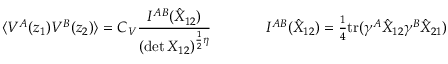
\begin{array} { c c } { { \displaystyle { \langle V ^ { A } ( z _ { 1 } ) V ^ { B } ( z _ { 2 } ) \rangle = C _ { V } \frac { I ^ { A B } ( \hat { { \cal X } } _ { 1 2 } ) } { ( \operatorname * { d e t } { \cal X } _ { 1 2 } ) ^ { \frac { 1 } { 2 } \eta } } } ~ ~ ~ ~ } } & { { ~ ~ ~ ~ I ^ { A B } ( \hat { { \cal X } } _ { 1 2 } ) = \textstyle { \frac { 1 } { 4 } } \mathrm { t r } ( \gamma ^ { A } \hat { { \cal X } } _ { 1 2 } \gamma ^ { B } \hat { { \cal X } } _ { 2 1 } ) } } \end{array}